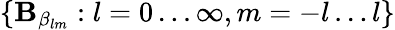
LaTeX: \{ \mathbf{B}_{\beta_{lm}}:l=0\ldots\infty,m=-l\ldots l\}